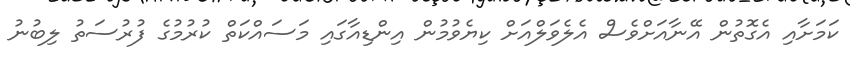
ކަމަށާއި އެގޮތުން އޭނާއަށްވެސް އެލެވަލްއަށް ކިޔެވުމުން އިންޑިއާގައި މަސައްކަތް ކުރުމުގެ ފުރުސަތު ލިބުނު